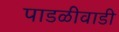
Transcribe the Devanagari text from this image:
पाडळीवाडी